Rangoon Lunatic Asylum 1878-1892 - 1878-1892
Year: 1878
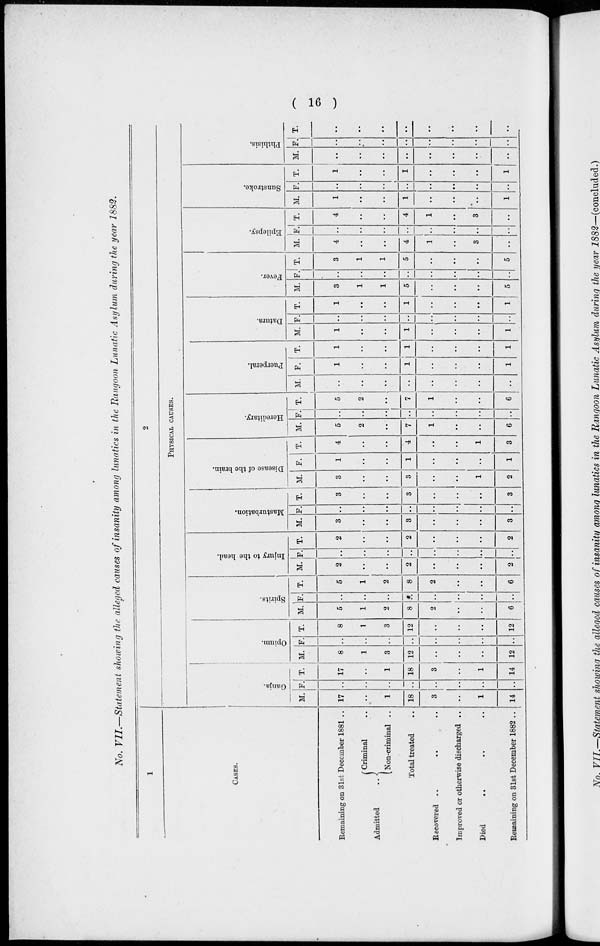
( 16 )
No. VII.—Statement showing the alleged causes of insanity among lunatics in the Rangoon Lunatic Asylum during the year 1882.
1
CASES.
Remaining on 31st December 1881 ..
Admitted
..
Criminal ..
Non-criminal ..
Total treated ..
Recovered ..
Improved or otherwise discharged ..
Died
..
Remaining on 31st December 1882 ..
2
PHYSICAL CAUSES.
Ganja.
M.
17
..
1
18
3
..
1
14
F.
..
..
..
..
..
..
..
..
T.
17
..
1
18
3
..
1
14
Opium.
M.
8
1
3
12
..
..
..
12
F.
..
..
..
..
..
..
..
..
T.
8
1
3
12
..
..
..
12
Spirits.
M.
5
1
2
8
2
..
..
6
F.
..
..
..
..
..
..
..
..
T.
5
1
2
8
2
..
..
6
Injury to the head.
M.
2
..
..
2
..
..
..
2
F.
..
..
..
..
..
..
..
..
T.
2
..
..
2
..
..
..
2
Masturbation.
M.
3
..
..
3
..
..
..
3
F.
..
..
..
..
..
..
..
..
T.
3
..
..
3
..
..
..
3
Disease of the brain.
M.
3
..
..
3
..
..
1
2
F.
1
..
..
1
..
..
..
1
T.
4
..
..
4
..
..
1
3
Hereditary.
M.
5
2
..
7
1
..
..
6
F.
..
..
..
..
..
..
..
..
T.
5
2
..
7
1
..
..
6
Puerperal.
M.
..
..
..
..
..
..
..
..
F.
1
..
..
1
..
..
..
1
T.
1
..
..
1
..
..
..
1
Datura.
M.
1
..
..
1
..
..
..
1
F.
..
..
..
..
..
..
..
..
T.
1
..
..
1
..
..
..
1
Fever.
M.
3
1
1
5
..
..
..
5
F.
..
..
..
..
..
..
..
...
T.
3
1
1
5
..
..
..
5
Epilepsy.
M.
4
..
..
4
1
..
3
..
F.
..
..
..
..
..
..
..
..
T.
4
..
..
4
1
..
3
..
Sunstroke.
M.
1
..
..
1
..
..
..
1
F.
..
..
..
..
..
..
..
..
T.
1
..
..
1
..
..
..
1
Phthisis.
M.
..
..
..
..
..
..
..
..
F.
..
..
..
..
..
..
..
..
T.
..
..
..
..
..
..
..
..